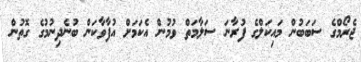
ޖެރޯމްގެ ސަބަބުން މައިކަލްގެ ފުރާނަ ސަލާމަތް ވުމުން އެކަމަށް އުފާވާކަން ބުނެދިނުމުގެ ގޮތުން